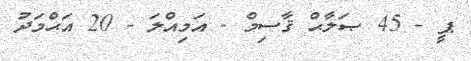
ޕީ - 45 ޞަލާޙް ޤާސިމް - އަމިއްލަ - 20 އަޙްމަދު